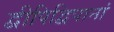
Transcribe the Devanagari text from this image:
द्वीपिद्विपानां